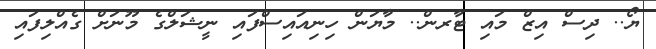
ޔޯ.. ދިސް އިޒް މައި ޓާރން.. މާޔަން ހިނިއައިސްފައި ނީޝަލްގެ މޫނަށް ގެއްލިފައި